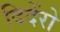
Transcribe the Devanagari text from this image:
दिदेंरो